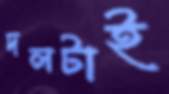
দলটাই